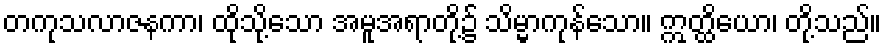
တကုသလာဇနကာ၊ ထိုသို့သော အမူအရာတို့၌ သိမ္မာကုန်သော။ ဣတ္ထိယော၊ တို့သည်။